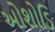
ઓશોડિ